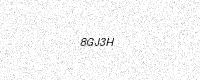
Text: 8GJ3H